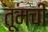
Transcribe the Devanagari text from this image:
तूमची